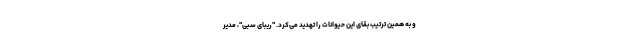
و به همین ترتیب بقای این حیوانات را تهدید می‌کرد. "ریبای سبی"، مدیر